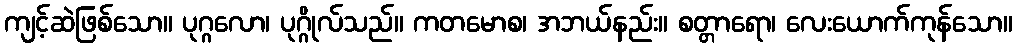
ကျင့်ဆဲဖြစ်သော။ ပုဂ္ဂလော၊ ပုဂ္ဂိုလ်သည်။ ကတမောစ၊ အဘယ်နည်း။ စတ္တာရော၊ လေးယောက်ကုန်သော။